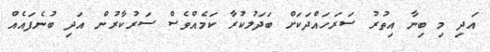
އަދި މި ބިނާ އިތުރު ސަރަހައްދަކަށް ބަދަލުކުރާ ކަމެއްވެސް ސަރުކާރުން އަދި ބުނެފައެއް